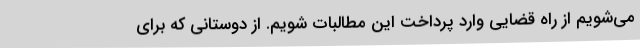
می‌شویم از راه قضایی وارد پرداخت این مطالبات شویم. از دوستانی که برای